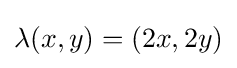
\lambda (x,y)=(2x,2y)